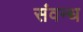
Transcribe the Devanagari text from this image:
संवन्ध